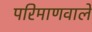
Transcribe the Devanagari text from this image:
परिमाणवाले